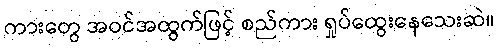
ကားတွေ အဝင်အထွက်ဖြင့် စည်ကား ရှုပ်ထွေးနေသေးဆဲ။